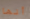
أنها